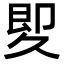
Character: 𠨠